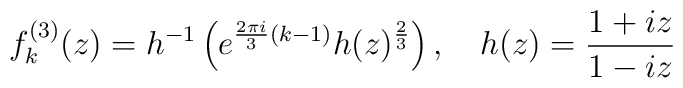
f^{(3)}_k(z)=h^{-1}\left(e^{\frac{2\pi i}{3}(k-1)}h(z)^{\frac{2}{3}}\right), \quad h(z)=\frac{1+iz}{1-iz}